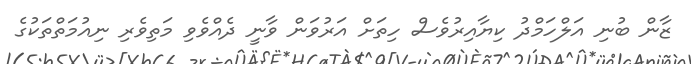
ޒާން ބުނި އަލްހަމްދު ކިޔާއިރުވެސް ހިތަށް އަރުވަން ވާނީ ދެއްވެވި މަތިވެރި ނިއުމަތްތަކުގެ